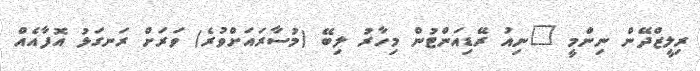
ރިލީޒްދޭން ނިންމީ "ނިއު ރޭޑިއަންޓުން މިހާރު ލިބޭ (މުސާރައަށްވުރެ) ވަރަށް ރަނގަޅު އޮފާއެއް